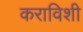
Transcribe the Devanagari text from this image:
कराविशी